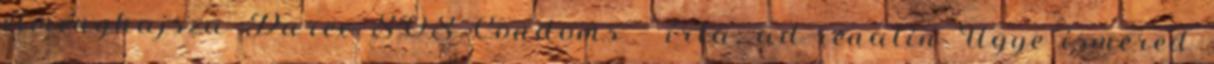
élményhajsza Durex SOS Condoms – írta: ad-renalin Ugye ismered